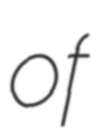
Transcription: of